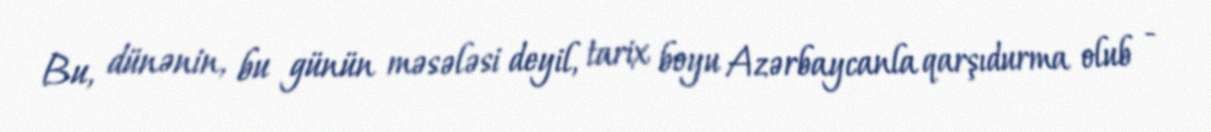
Bu, dünənin, bu günün məsələsi deyil, tarix boyu Azərbaycanla qarşıdurma olub -